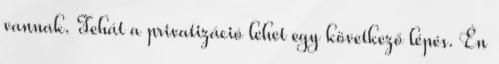
vannak. Tehát a privatizáció lehet egy következő lépés. Én